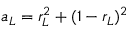
a _ { L } = r _ { L } ^ { 2 } + ( 1 - r _ { L } ) ^ { 2 }